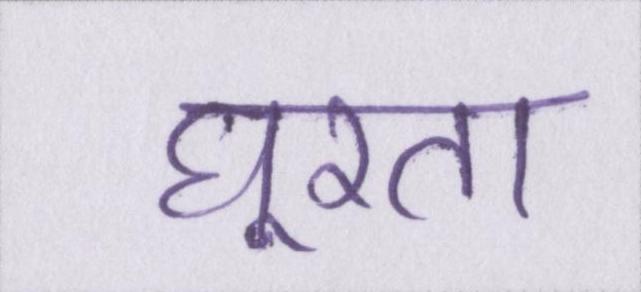
घूरता